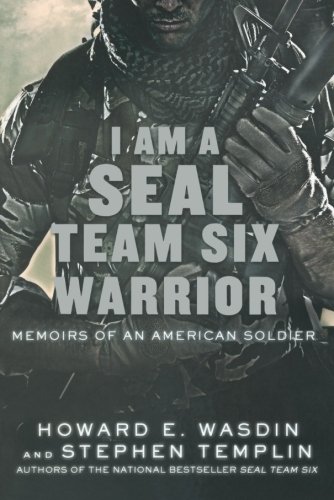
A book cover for I Am a SEAL Team Six Warrior: Memoirs of an American Soldier; Howard E. Wasdin; Teen & Young Adult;